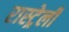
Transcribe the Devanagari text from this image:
रास्ट्रेली